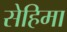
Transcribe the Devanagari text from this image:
सेहिमा